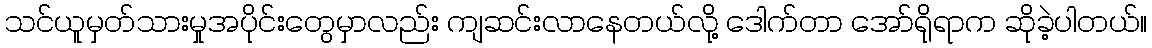
သင်ယူမှတ်သားမှုအပိုင်းတွေမှာလည်း ကျဆင်းလာနေတယ်လို့ ဒေါက်တာ အော်ရိုရာက ဆိုခဲ့ပါတယ်။